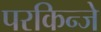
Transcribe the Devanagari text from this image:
परकिन्जे